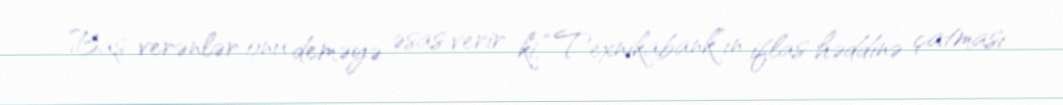
Baş verənlər onu deməyə əsas verir ki, “Texnikabank”ın iflas həddinə çatması